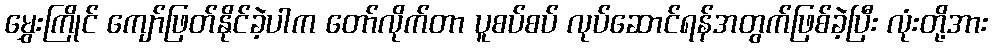
မွှေးကြိုင် ကျော်ဖြတ်နိုင်ခဲ့ပါက တော်လိုက်တာ ပူစပ်စပ် လုပ်ဆောင်ရန်အတွက်ဖြစ်ခဲ့ပြီး လုံးတို့အား